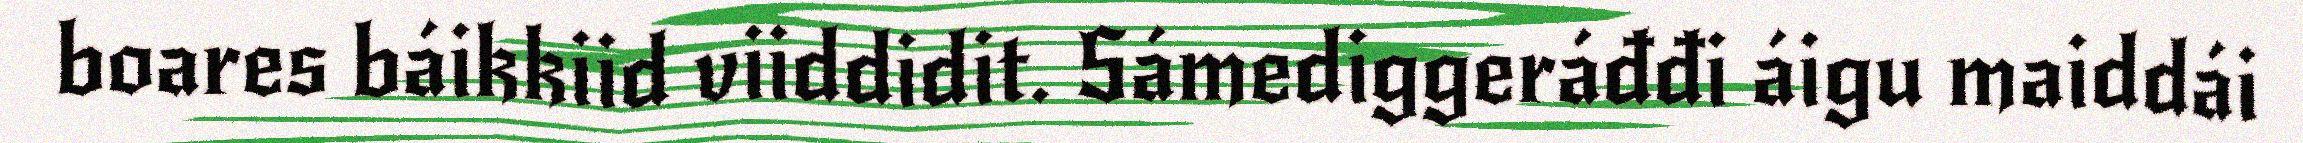
boares báikkiid viiddidit. Sámediggeráđđi áigu maiddái